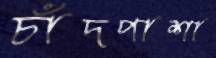
চাঁদপাশা